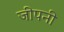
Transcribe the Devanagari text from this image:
जीपनी